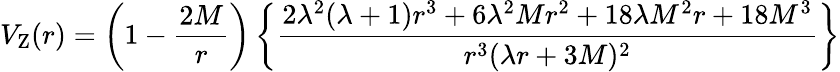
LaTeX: V_{\mathrm{Z}}(r)=\left(1-{\frac{2M}{r}}\right)\left\{ \frac{2\lambda^{2}(\lambda+1)r^{3}+6\lambda^{2}Mr^{2}+18\lambda M^{2}r+18M^{3}}{r^{3}(\lambda r+3M)^{2}}\right\}